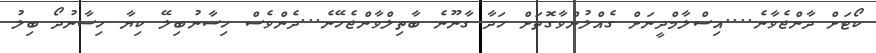
ކޯޓަށް ދާންޖެވާނެ....އިސްލާމްދީނަށް ގެއްލުންވާގޮތަށް ހަދާ ގާނޫނެ ބާތިލްވާންޖެހޭނެ...ދެންވެސް ހިސާނުބިލޭ ކިޔާ ހިސާނުދޯ ބިލު